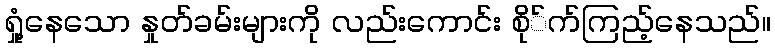
ရှုံ့နေသော နှုတ်ခမ်းများကို လည်းကောင်း စို်က်ကြည့်နေသည်။